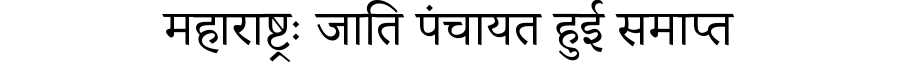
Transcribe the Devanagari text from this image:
महाराष्ट्रः जाति पंचायत हुई समाप्त